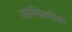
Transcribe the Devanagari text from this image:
उरोस्थिंकठिका